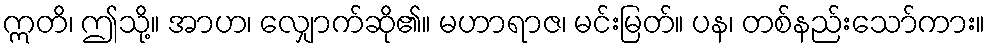
ဣတိ၊ ဤသို့။ အာဟ၊ လျှောက်ဆို၏။ မဟာရာဇ၊ မင်းမြတ်။ ပန၊ တစ်နည်းသော်ကား။